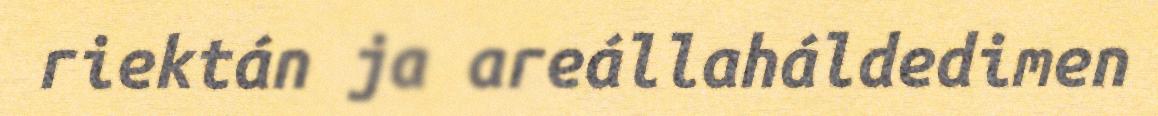
riektán ja areállaháldedimen